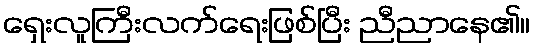
ရှေးလူကြီးလက်ရေးဖြစ်ပြီး ညီညာနေ၏။